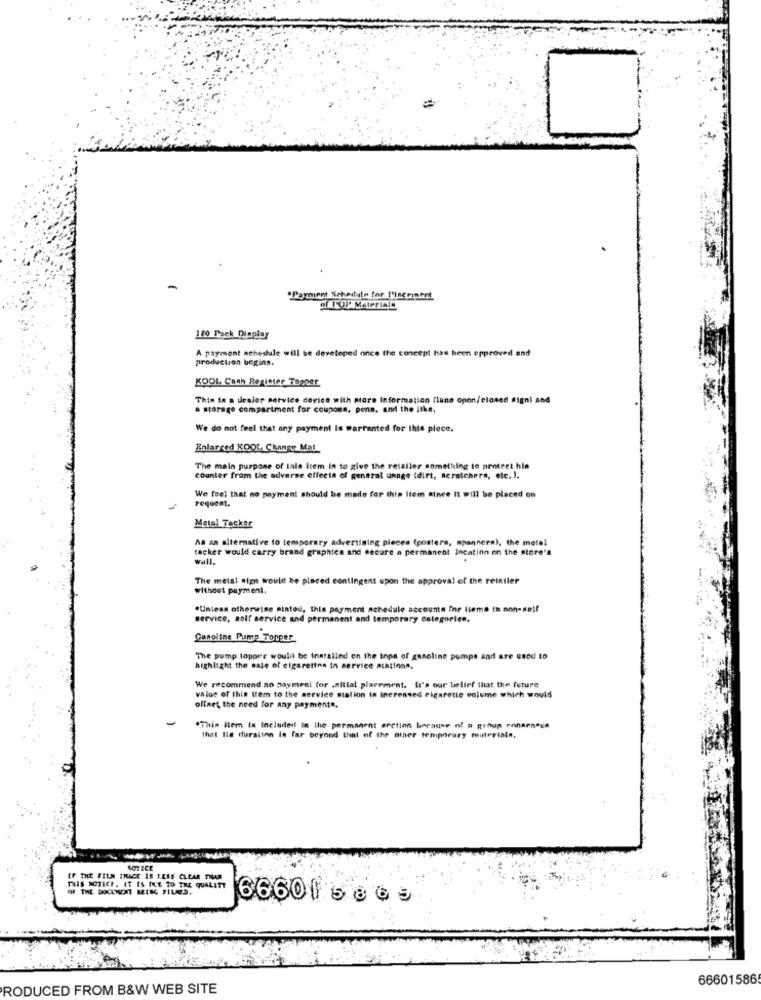
.Payment Schedule for I'neeinent
of FOI Materiale
120 Pack Display
A payment schedule will be developed once the concept has been approved and
production begins.
KOOL Cash Register Topper
Thin in a desier service dorice with more Information (lane open/closed signi and
a storage compartment for coupons, pena, and the like.
We do not feel that any payment Is warranted for this ploce.
Enlarged KOOL, Change Mal
The main purpose of this item is to give the retailer something to protect hin
counter from the adverse effects of general unage (dirt, scratchera, etc. ).
request.
We feel that no payment should be made for this item since It will be placed on
Metel Tecker
As an alternative to temporary advertising pieces (posters, mpannera), the metel
tacker would carry brand graphies and secure a permanent location on the store's
wall.
The metal sign would be placed contingent upon the approval of the reiniler
without payment.
.Unless otherwise stated, this payment schedule accounts for lieme in non-self
service, soif service and permanent and temporary categorien.
Caroline Pump Topper
The pump lopper would be installed on the topn of gasoline pumps and are used to
highlight the sale of cigarettes in service ALationn.
We recommend no payment for .nitlal placement. It's our belief that the future
value of this tem to the service station in increased cigarette volume which would
offnet the need for any payment ..
"This item is Included in the permanent arction because of a group rons
that Its duralinn Is far beyond that of the other temporary materials,
KORECE
IF THE FILN IMAGE IS LESS CLEAR ZIAR
THIS NOTICE. IT IS INE TO THE QUALITY
Of THE DOCUMENT BELEG FILED.
66601.6 865
66601586
PRODUCED FROM B&W WEB SITE